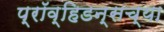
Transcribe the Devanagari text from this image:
प्रॉव्हिडन्सच्या